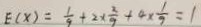
E ( x ) = \frac { 1 } { 9 } + 2 \times \frac { 2 } { 9 } + 4 \times \frac { 1 } { 9 } = 1